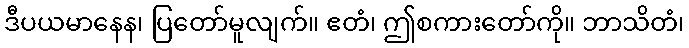
ဒီပယမာနေန၊ ပြတော်မူလျက်။ ဧတံ၊ ဤစကားတော်ကို။ ဘာသိတံ၊